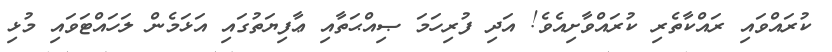
ކުރައްވައި ރައްކާތެރި ކުރައްވާށިއެވެ! އަދި ފުރިހަމަ ޞިއްޙަތާއި ޢާފިޔަތުގައި އަޅަމެން ލަހައްޓަވައި މުޅި